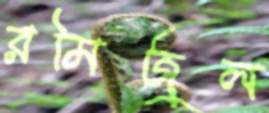
রমিজুল